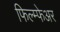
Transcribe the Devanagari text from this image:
फिल्म्फेअर